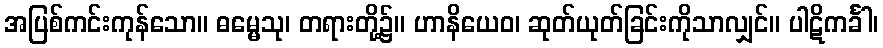
အပြစ်ကင်းကုန်သော။ ဓမ္မေသု၊ တရားတို့၌။ ဟာနိယေဝ၊ ဆုတ်ယုတ်ခြင်းကိုသာလျှင်။ ပါဋိကင်္ခါ၊